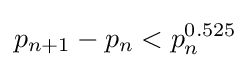
p_{n+1}-p_{n}<p_{n}^{0.525}